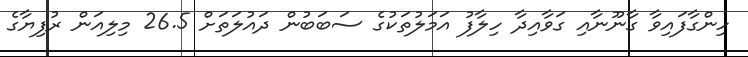
ހިންގާފައިވާ ގާނޫނާއި ގަވާއިދާ ހިލާފު އަމަލުތަކުގެ ސަބަބުން ދައުލަތަށް 26.5 މިލިއަން ރުފިޔާގެ